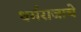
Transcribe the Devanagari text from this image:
धर्मराजाचे